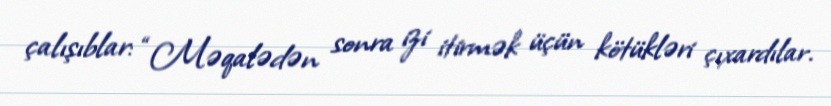
çalışıblar: “Məqalədən sonra izi itirmək üçün kötükləri çıxardılar.